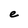
Character: e